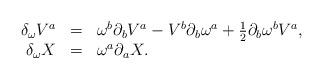
LaTeX: \begin{align*}\begin{array}{rcl} \delta _\omega V^a &=& \omega ^b\partial _bV^a-V^b\partial_b\omega ^a+{\textstyle{1 \over 2}}\partial _b\omega ^b V^a ,\\ \delta _\omega X &=& \omega ^a\partial_aX .\end{array} \end{align*}